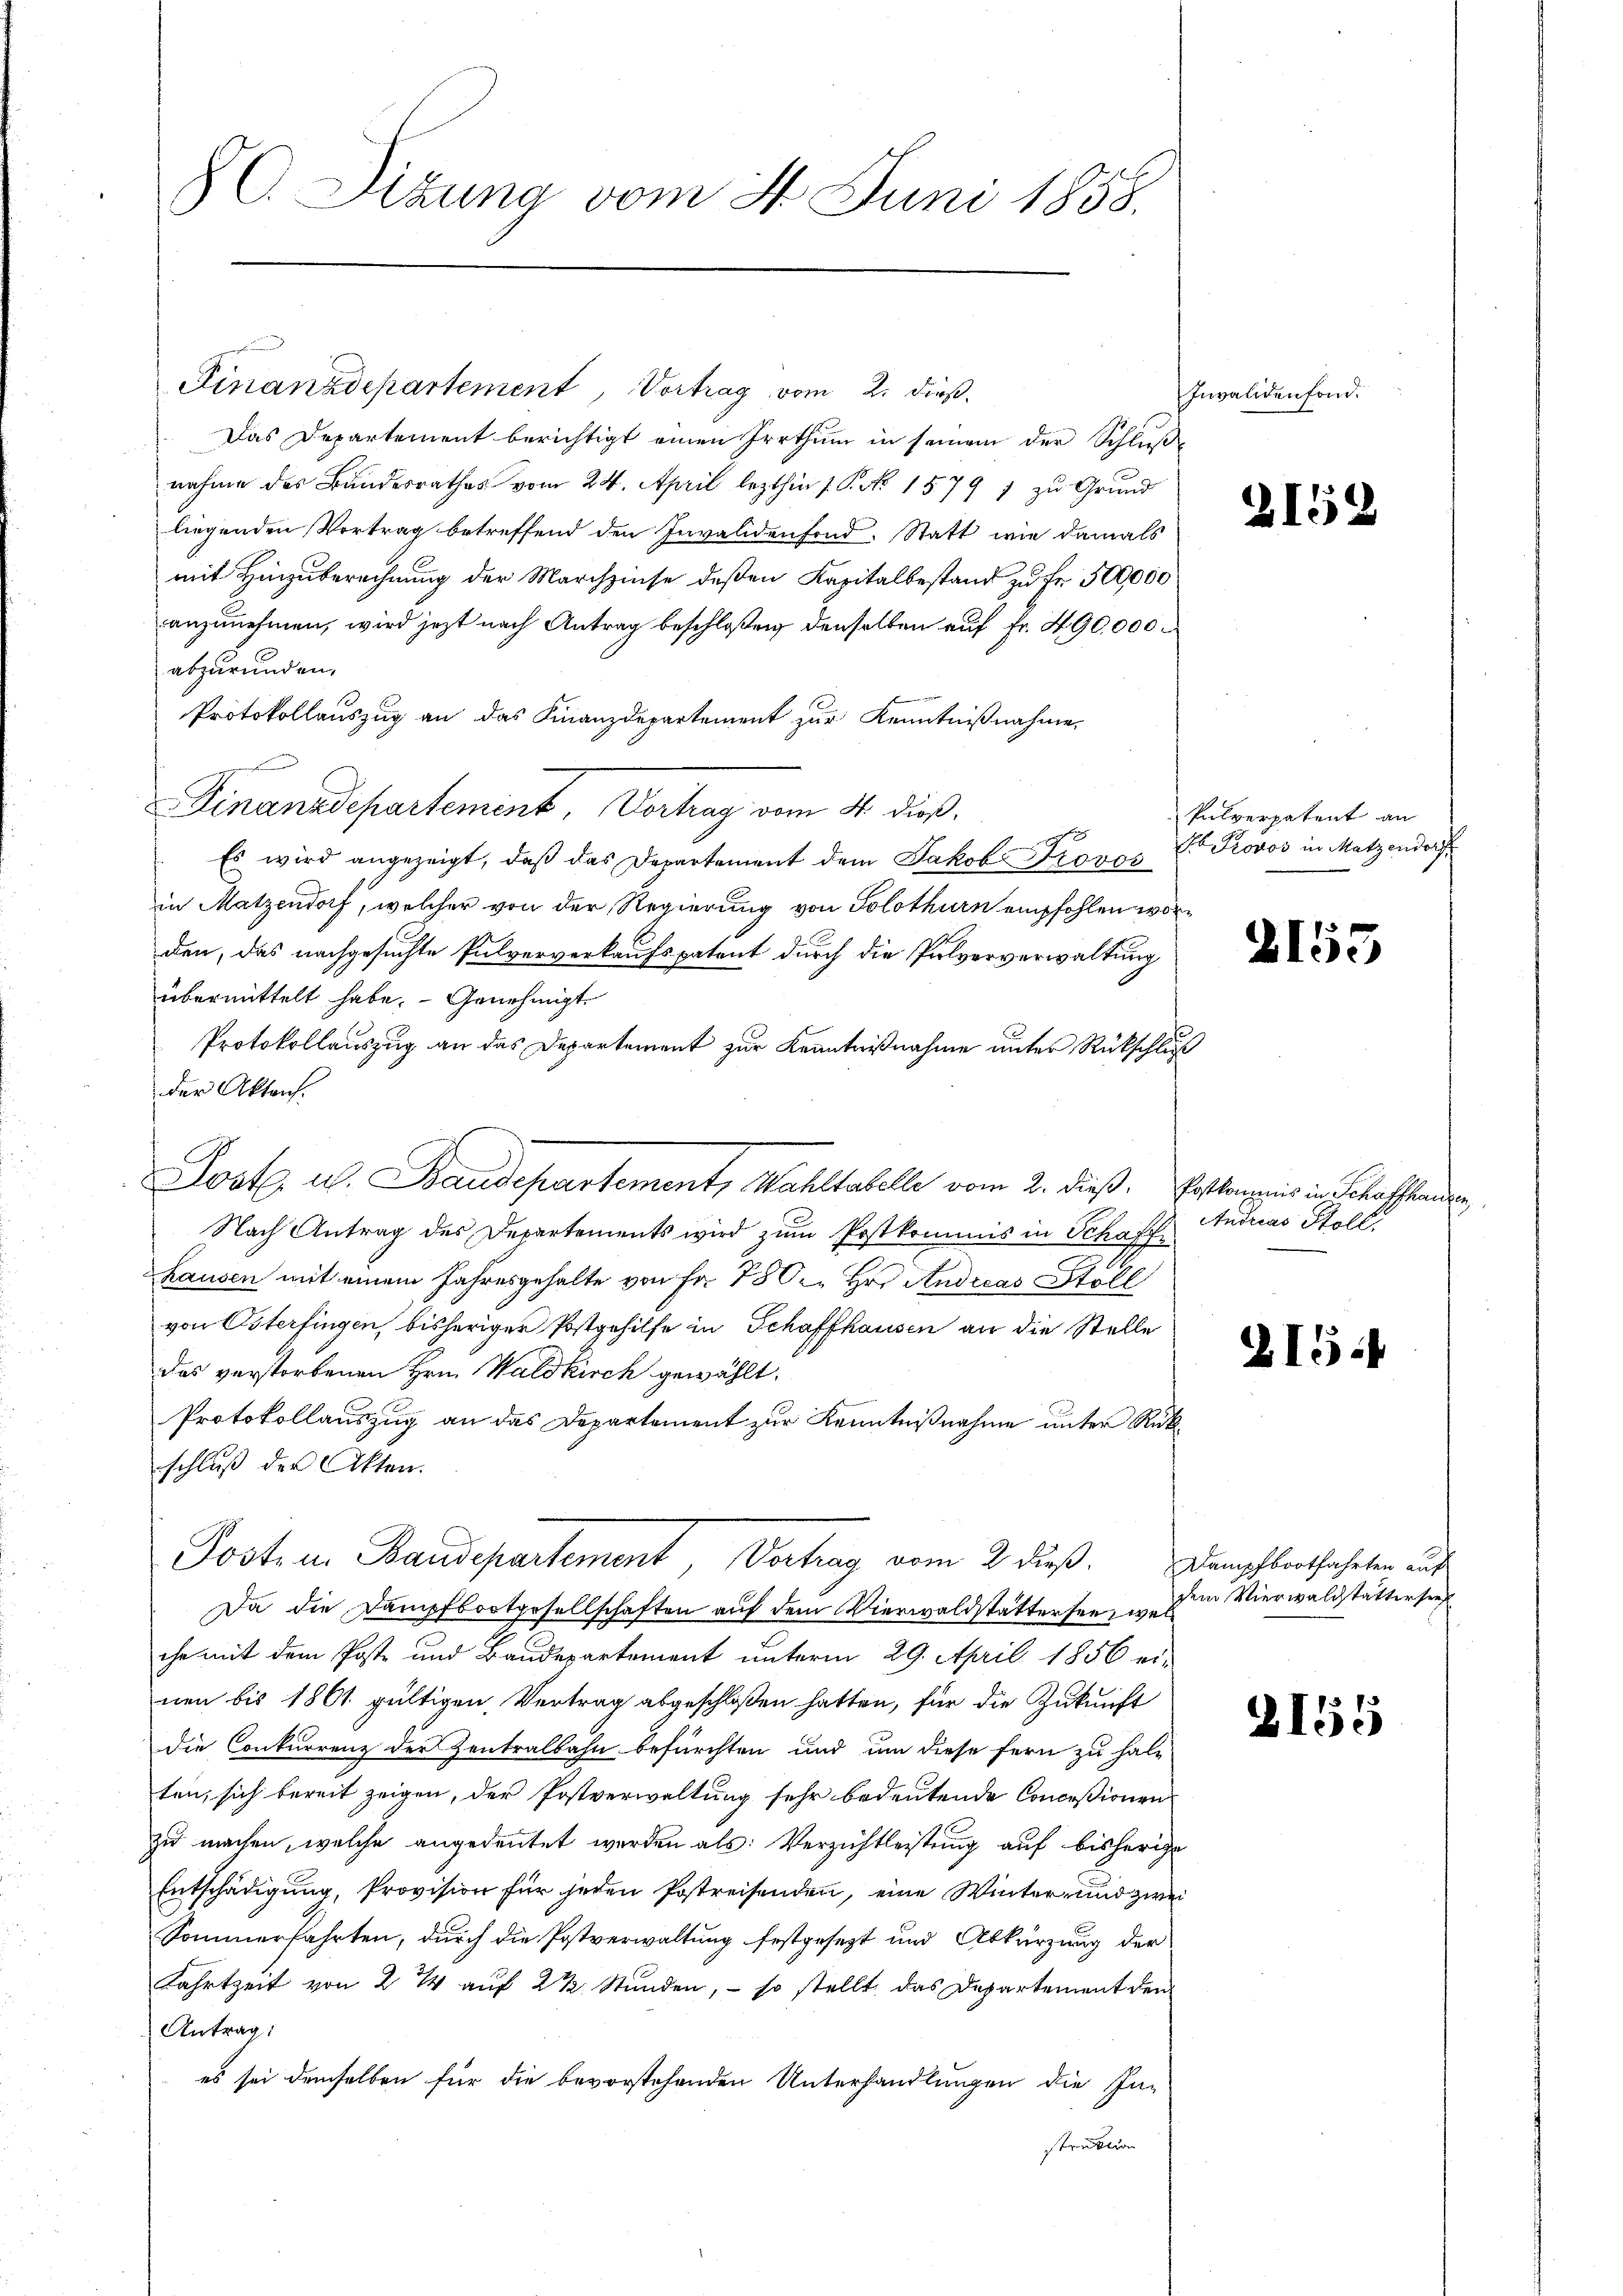
Finanzdepartement, Vortrag vom 2. dieß.
Das Departement berichtigt einen Irrthum in seinem der Schlußnahme des Bundesrathes vom 24. April lezthin 1. P. Nr. 1579 7 zu Grund
liegenden Vortrag betreffend den Invalidenfond. Statt wie damals
mit Hinzuberechnung der Marchzinse deßen Kapitalbestand zu Fr. 300,000
anzunehmen, wird jezt nach Antrag beschloßen denselben auf Fr. 490,000.
abzurunden,
Protokollauszug an das Finanzdepartement zur Kenntnißnahme,
Finanzdepartement, Verhag vom 4. dieß.
Es wird angezeigt, daß das Departement dem Jakob Provos
in Matzendorf, welcher von der Regierung von Solothurn empfohlen worden, das nachgesuchte Pulververkaufspatent durch die Pulververwaltung
übermittelt habe. - Genehmigt.
Protokollauszug an das Departement zur Kenntnißnahme unter Rückschluß
der Akten.
Nach Antrag des Departements wird zum Postkommis in Schaffe
hausen mit einem Jahresgehalte von Fr. 780. Hr. Andreas Stoll
von Osterfingen, bisheriger Postgehilfe in Schaffhausen an die Stelle
das verstorbenen Hrn. Waldkirch gewählt.
Protokollauszug an das Departement zur Kenntnißnahme unter Rükschluß der Akten.
Post in Baudepartement, Vertrag vom 2. dieß. Dampfbortfahrten aus
Da die Dampfbortgesellschaften auf dem Vierwaldstättersee, welche mit dem Poste und Baudepartement unterm 29. April 1856 ei-
nen bis 1861 gültigen Vertrag abgeschloßen hatten, für die Zukunft
die Conkurrenz der Zentralbahn befürchten und um diese fern zu halten, sich bereit zeigen, der Postverwaltung sehr bedeutende Conceßionen
zu machen, welche angedeutet werden als: Verzichtleistung auf bisherige
Entschädigung, Provision für jeden Postreisenden, eine Winter und zwei
Sommerfahrten, durch die Postverwaltung festgesezt und Abkürzung der
Fahrtzeit von 2 % auf 2 ½ Stunden, – so stellt, das Departement den
Antrag:
es sei demselben für die bevorstehenden Unterhandlungen die Instruktion

Sizung vom 4. Juni 1858.

Poste. u. Baudepartement, Wahltabelle vom 2. dieß. Postkommnis in Schaffenden

Invalidenfond.

l

2154

Pulverpatent an
Ex Provos in Metzendorf

2153

Andreas Stoll

)

15.

dem Vierwaldstattersrec

Z155